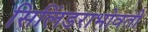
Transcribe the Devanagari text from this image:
सिलिंडराभोवती